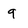
Character: q